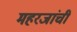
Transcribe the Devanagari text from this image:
महरजांची